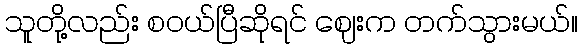
သူတို့လည်း စဝယ်ပြီဆိုရင် ဈေးက တက်သွားမယ်။